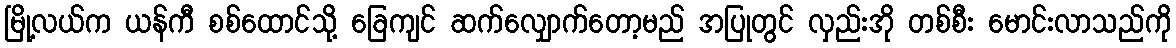
မြို့လယ်က ယန်ကီ စစ်ထောင်သို့ ခြေကျင် ဆက်လျှောက်တော့မည် အပြုတွင် လှည်းအို တစ်စီး မောင်းလာသည်ကို